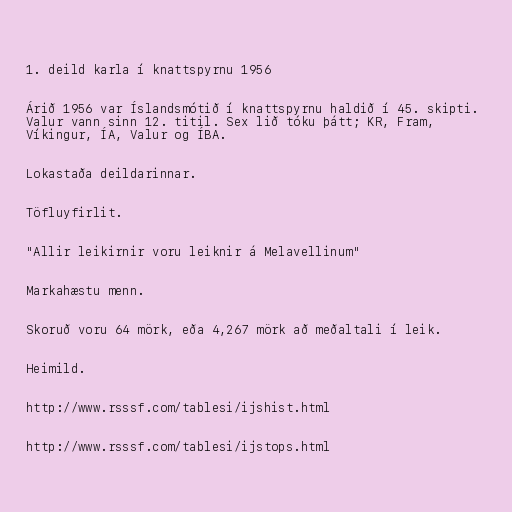
1. deild karla í knattspyrnu 1956

Árið 1956 var Íslandsmótið í knattspyrnu haldið í 45. skipti.
Valur vann sinn 12. titil. Sex lið tóku þátt; KR, Fram,
Víkingur, ÍA, Valur og ÍBA.

Lokastaða deildarinnar.

Töfluyfirlit.

"Allir leikirnir voru leiknir á Melavellinum"

Markahæstu menn.

Skoruð voru 64 mörk, eða 4,267 mörk að meðaltali í leik.

Heimild.

http://www.rsssf.com/tablesi/ijshist.html

http://www.rsssf.com/tablesi/ijstops.html